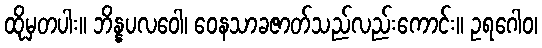
ထိုမှတပါး။ ဘိန္နပလဝေါ၊ ဝေနသာခဇာတ်သည်လည်းကောင်း။ ဥရဂေါဝ၊